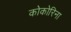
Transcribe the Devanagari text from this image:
कोकोरिना